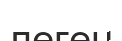
леген